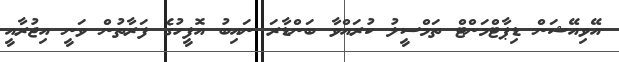
އޭވިއޭޝަން ޑިޕާޓްމަންޓް ތަމްސީލު ކުރައްވާ ބަންޑާރަ ނައިބު އޮފީހުގެ ފަރާތުން ވަނީ އިޖުރާއީ